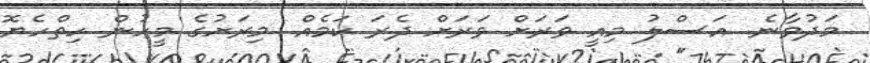
މަދުވާނެ. އަސްލު މިއީ ވަރަށް ވަރަށް ދެރަ ކަމެއް. މިރަށުގެ މީހުން ހިތްހެޔޮ